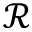
\mathcal { R }